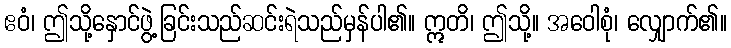
ဧဝံ၊ ဤသို့နှောင်ဖွဲ့ခြင်းသည်ဆင်းရဲသည်မှန်ပါ၏။ ဣတိ၊ ဤသို့။ အဝေါစုံ၊ လျှောက်၏။